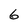
Character: 6